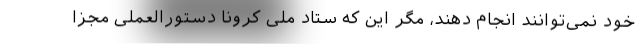
خود نمی‌توانند انجام دهند، مگر این که ستاد ملی کرونا دستورالعملی مجزا